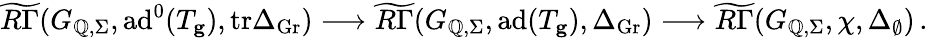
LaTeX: \widetilde{R\Gamma}(G_{\mathbb{Q},\Sigma},\mathrm{ad}^{0}(T_{\mathbf{g}}),\mathrm{tr}\Delta_{\mathrm{Gr}})\longrightarrow\widetilde{R\Gamma}(G_{\mathbb{Q},\Sigma},\mathrm{ad}(T_{\mathbf{g}}),\Delta_{\mathrm{Gr}})\longrightarrow\widetilde{R\Gamma}(G_{\mathbb{Q},\Sigma},\chi,\Delta_{\emptyset})\, .